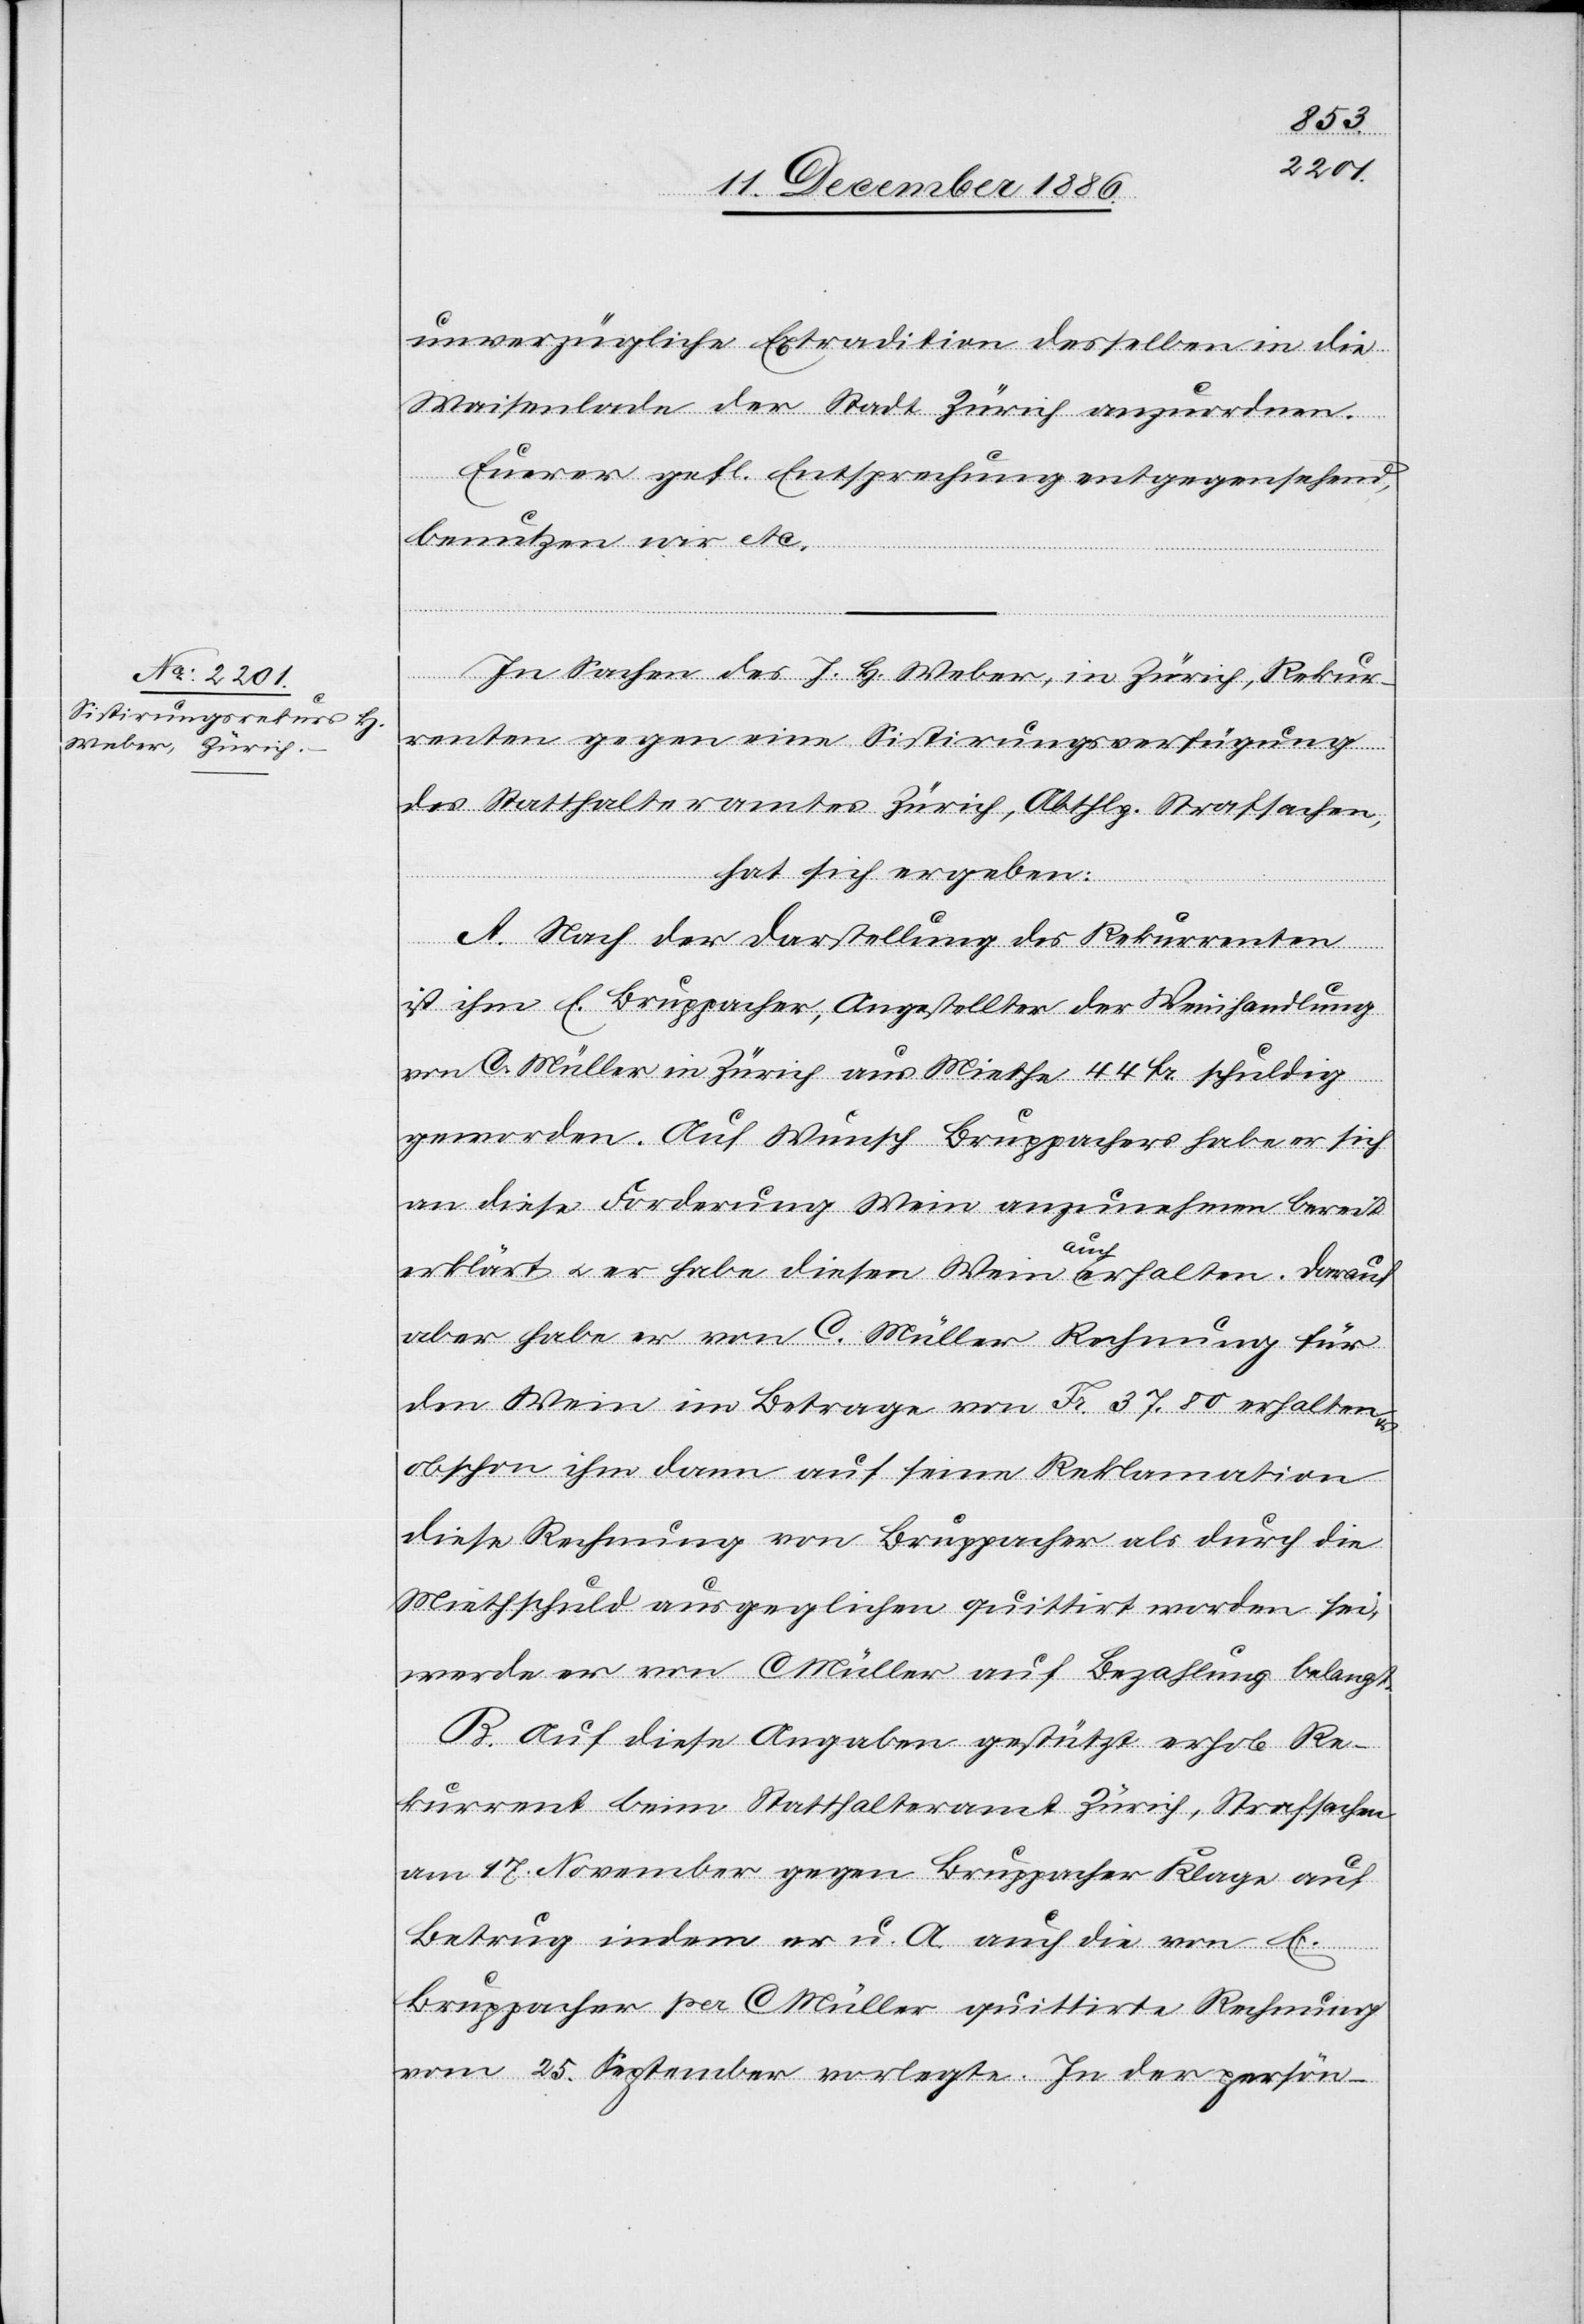
unverzügliche Extradition desselben in die
Waisenlade der Stadt Zürich anzuordnen.
Euerer gefl. Entsprechung entgegensehend,
benutzen wir etc.
In Sachen des J. H. Weber, in Zürich, Rekur¬
renten gegen eine Sistirungsverfügung
des Statthalteramtes Zürich, Abthlg. Strafsachen,
hat sich ergeben:
A. Nach der Darstellung des Rekurrenten
ist ihm E. Bruppacher, Angestellter der Weinhandlung
von C. Müller in Zürich aus Miethe 44 Fr. schuldig
geworden. Auf Wunsch Bruppachers habe er sich
an diese Forderung Wein anzunehmen bereit
erklärt & er habe diesen Wein auch
erhalten. Darauf
aber habe er von C. Müller Rechnung für
den Wein im Betrage von Fr. 37.80 erhalten
obschon ihm dann auf seine Reklamation
diese Rechnung von Bruppacher als durch die
Miethschuld ausgeglichen quittirt worden sei,
werde er von C. Müller auf Bezahlung belangt.
B. Auf diese Angaben gestützt erhob Re¬
kurrent beim Statthalteramt Zürich, Strafsachen
am 17. November gegen Bruppacher Klage auf
Betrug indem er u. A. auch die von E.
Bruppacher per C. Müller quittirte Rechnung
vom 25. September vorlegte. In der persön-